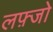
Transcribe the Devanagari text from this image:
लफ़्जो